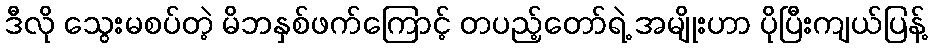
ဒီလို သွေးမစပ်တဲ့ မိဘနှစ်ဖက်ကြောင့် တပည့်တော်ရဲ့ အမျိုးဟာ ပိုပြီးကျယ်ပြန့်